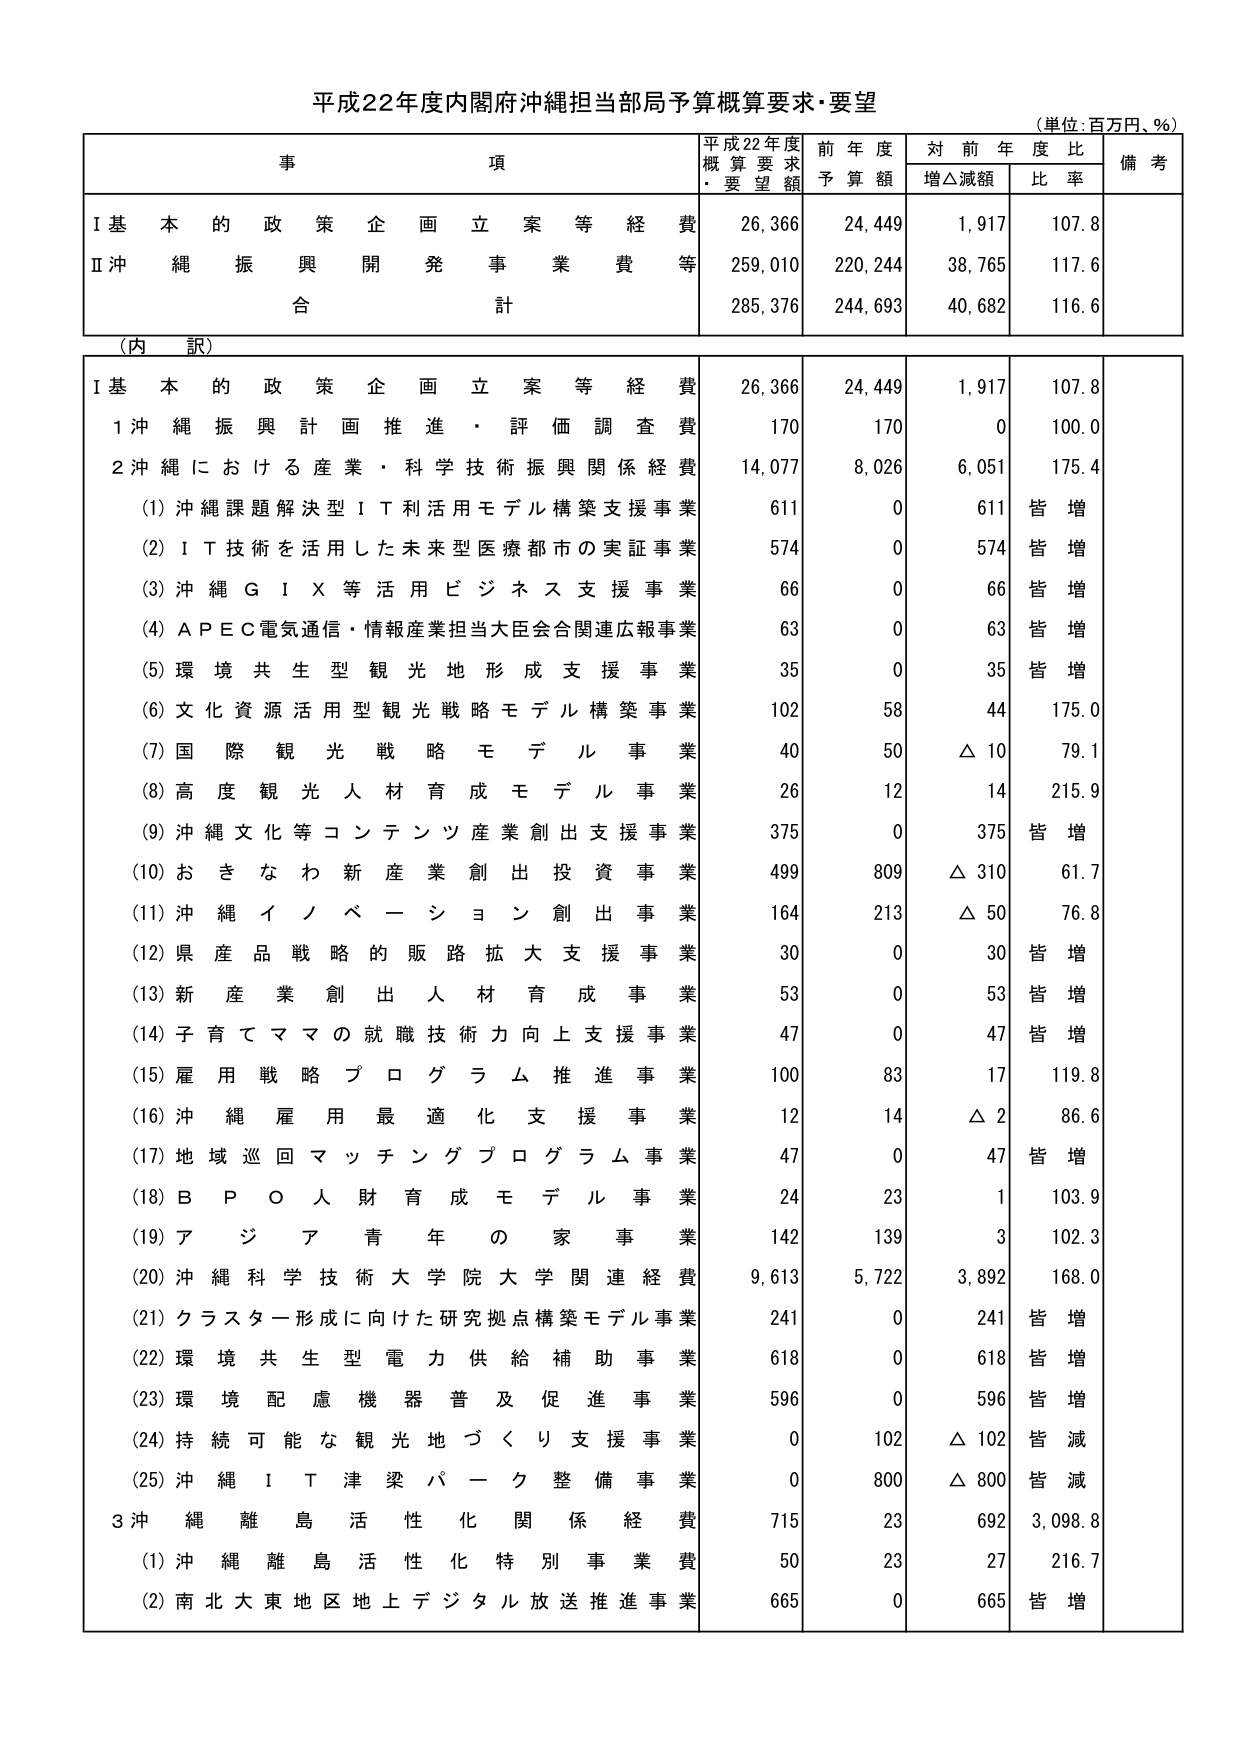
平成22年度内閣府沖縄担当部局予算概算要求・要望
（単位：百万円、％）

事項
平成22年度概算要求・要望額
前年度予算額
対前年度比
備考
　増△減額
　比率

Ⅰ基本的政策企画立案等経費
26,366
24,449
1,917
107.8

Ⅱ沖縄振興開発事業費等
259,010
220,244
38,765
117.6

合計
285,376
244,693
40,682
116.6

（内訳）

Ⅰ基本的政策企画立案等経費
26,366
24,449
1,917
107.8

1 沖縄振興計画推進・評価調査費
170
170
0
100.0

2 沖縄における産業・科学技術振興関係経費
14,077
8,026
6,051
175.4

　(1) 沖縄課題解決型ＩＴ利活用モデル構築支援事業
611
0
611
皆増

　(2) ＩＴ技術を活用した未来型医療都市の実証事業
574
0
574
皆増

　(3) 沖縄ＧＩＸ等活用ビジネス支援事業
66
0
66
皆増

　(4) ＡＰＥＣ電気通信・情報産業担当大臣会合関連広報事業
63
0
63
皆増

　(5) 環境共生型観光地形成支援事業
35
0
35
皆増

　(6) 文化資源活用型観光戦略モデル構築事業
102
58
44
175.0

　(7) 国際観光戦略モデル事業
40
50
△10
79.1

　(8) 高度観光人材育成モデル事業
26
12
14
215.9

　(9) 沖縄文化等コンテンツ産業創出支援事業
375
0
375
皆増

　(10) おきなわ新産業創出投資事業
499
809
△310
61.7

　(11) 沖縄イノベーション創出事業
164
213
△50
76.8

　(12) 県産品戦略的販路拡大支援事業
30
0
30
皆増

　(13) 新産業創出人材育成事業
53
0
53
皆増

　(14) 子育てママの就職技術力向上支援事業
47
0
47
皆増

　(15) 雇用戦略プログラム推進事業
100
83
17
119.8

　(16) 沖縄雇用最適化支援事業
12
14
△2
86.6

　(17) 地域巡回マッチングプログラム事業
47
0
47
皆増

　(18) ＢＰＯ人財育成モデル事業
24
23
1
103.9

　(19) アジア青年の家事業
142
139
3
102.3

　(20) 沖縄科学技術大学院大学関連経費
9,613
5,722
3,892
168.0

　(21) クラスター形成に向けた研究拠点構築モデル事業
241
0
241
皆増

　(22) 環境共生型電力供給補助事業
618
0
618
皆増

　(23) 環境配慮機器普及促進事業
596
0
596
皆増

　(24) 持続可能な観光地づくり支援事業
0
102
△102
皆減

　(25) 沖縄ＩＴ津梁パーク整備事業
0
800
△800
皆減

3 沖縄離島活性化関係経費
715
23
692
3,098.8

　(1) 沖縄離島活性化特別事業費
50
23
27
216.7

　(2) 南北大東地区地上デジタル放送推進事業
665
0
665
皆増